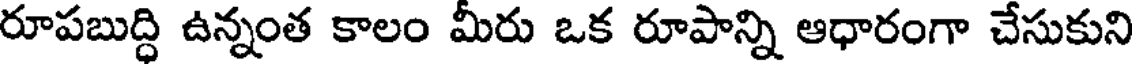
రూపబుద్ధి ఉన్నంత కాలం మీరు ఒక రూపాన్ని ఆధారంగా చేసుకుని